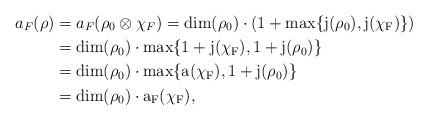
LaTeX: \begin{align*} a_F(\rho) &=a_F(\rho_0\otimes\chi_F)=\rm{dim}(\rho_0)\cdot\left(1+\rm{max}\{j(\rho_0),j(\chi_F)\}\right)\\ &=\rm{dim}(\rho_0)\cdot\rm{max}\{1+j(\chi_F), 1+j(\rho_0)\}\\ &=\rm{dim}(\rho_0)\cdot\rm{max}\{a(\chi_F), 1+j(\rho_0)\}\\ &=\rm{dim}(\rho_0)\cdot a_F(\chi_F),\end{align*}